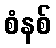
စံနစ်